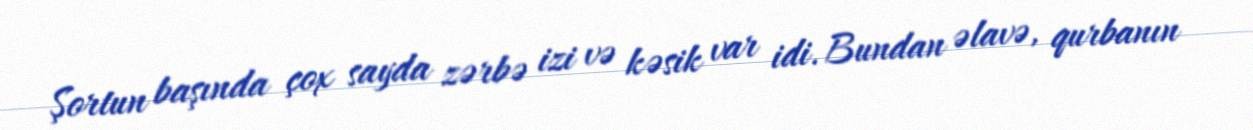
Şortun başında çox sayda zərbə izi və kəsik var idi. Bundan əlavə, qurbanın